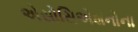
એસોસિએશનોના